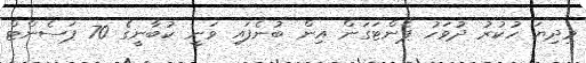
މިދިޔަ ހުކުރު ދުވަހު ޕެންޓަގަން އިން ބުނެފައި ވަނީ ކުބާނީގެ 70 ޕަސެންޓް